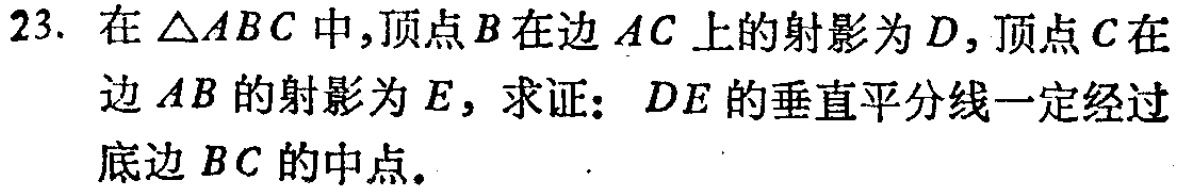
23. 在$\triangle ABC$中,顶点$B$在边$AC$上的射影为$D$,顶点$C$在边$AB$的射影为$E$, 求证：$DE$的垂直平分线一定经过底边$BC$的中点.